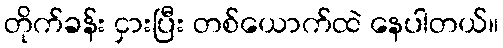
တိုက်ခန်း ငှားပြီး တစ်ယောက်ထဲ နေပါတယ်။